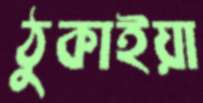
ঠুকাইয়া